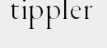
tippler